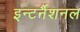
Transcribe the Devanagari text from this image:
इन्टर्नैशनल